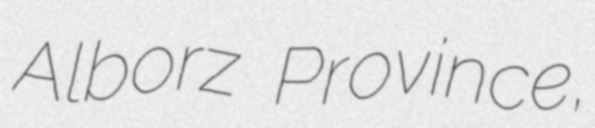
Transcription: Alborz Province,